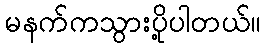
မနက်ကသွားပို့ပါတယ်။